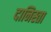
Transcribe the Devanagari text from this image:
दानिस्ता